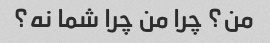
من؟ چرا من چرا شما نه؟